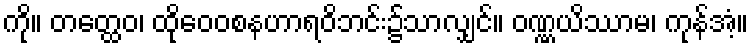
ကို။ တတ္ထေဝ၊ ထိုဝေဝစနဟာရဝိဘင်း၌သာလျှင်။ ဝဏ္ဏယိဿာမ၊ ကုန်အံ့။